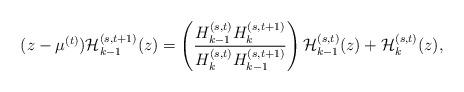
LaTeX: \begin{align*}(z-\mu^{(t)}){\cal H}_{k-1}^{(s,t+1)}(z)=\left(\frac{H_{k-1}^{(s,t)}H_{k}^{(s,t+1)}}{H_{k}^{(s,t)}H_{k-1}^{(s,t+1)}}\right){\cal H}_{k-1}^{(s,t)}(z)+{\cal H}_{k}^{(s,t)}(z),\end{align*}